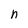
Character: n